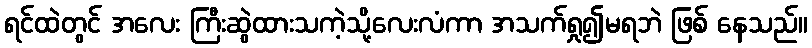
ရင်ထဲတွင် အလေး ကြီးဆွဲထားသကဲ့သို့လေးလံကာ အသက်ရှု၍မရဘဲ ဖြစ် နေသည်။